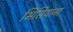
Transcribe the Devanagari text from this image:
भिसियाना